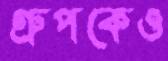
গ্রুপকেও